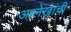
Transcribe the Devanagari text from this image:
आलेखांची